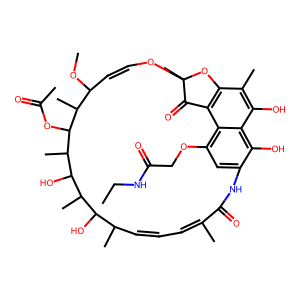
SMILES: CCNC(=O)COc1cc2c(O)c3c(O)c(C)c4c(c13)C(=O)C(C)(OC=CC(OC)C(C)C(OC(C)=O)C(C)C(O)C(C)C(O)C(C)C=CC=C(C)C(=O)N2)O4
Inhibits HIV replication: No